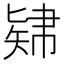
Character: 𥏚